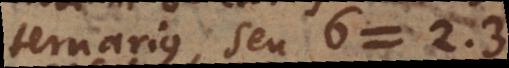
ternarius, seu 6 = 2 ·